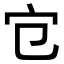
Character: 𡦻